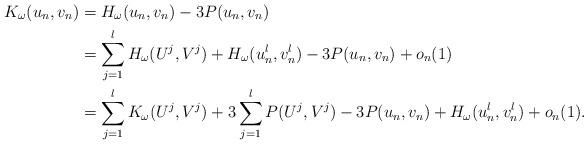
LaTeX: \begin{align*}K_\omega(u_n,v_n)&=H_\omega(u_n,v_n)-3P(u_n,v_n)\\&=\sum_{j=1}^l H_\omega(U^j,V^j) + H_\omega(u^l_n,v^l_n) - 3P(u_n,v_n)+ o_n(1) \\&=\sum_{j=1}^l K_\omega(U^j,V^j) + 3\sum_{j=1}^l P(U^j,V^j)- 3 P(u_n,v_n) + H_\omega(u^l_n,v^l_n)+o_n(1).\end{align*}